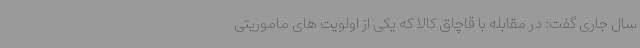
سال جاری گفت: در مقابله با قاچاق کالا که یکی از اولویت های ماموریتی